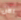
الآن